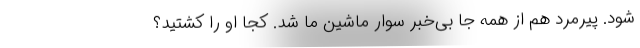
شود. پیرمرد هم از همه جا بی‌خبر سوار ماشین ما شد. کجا او را کشتید؟